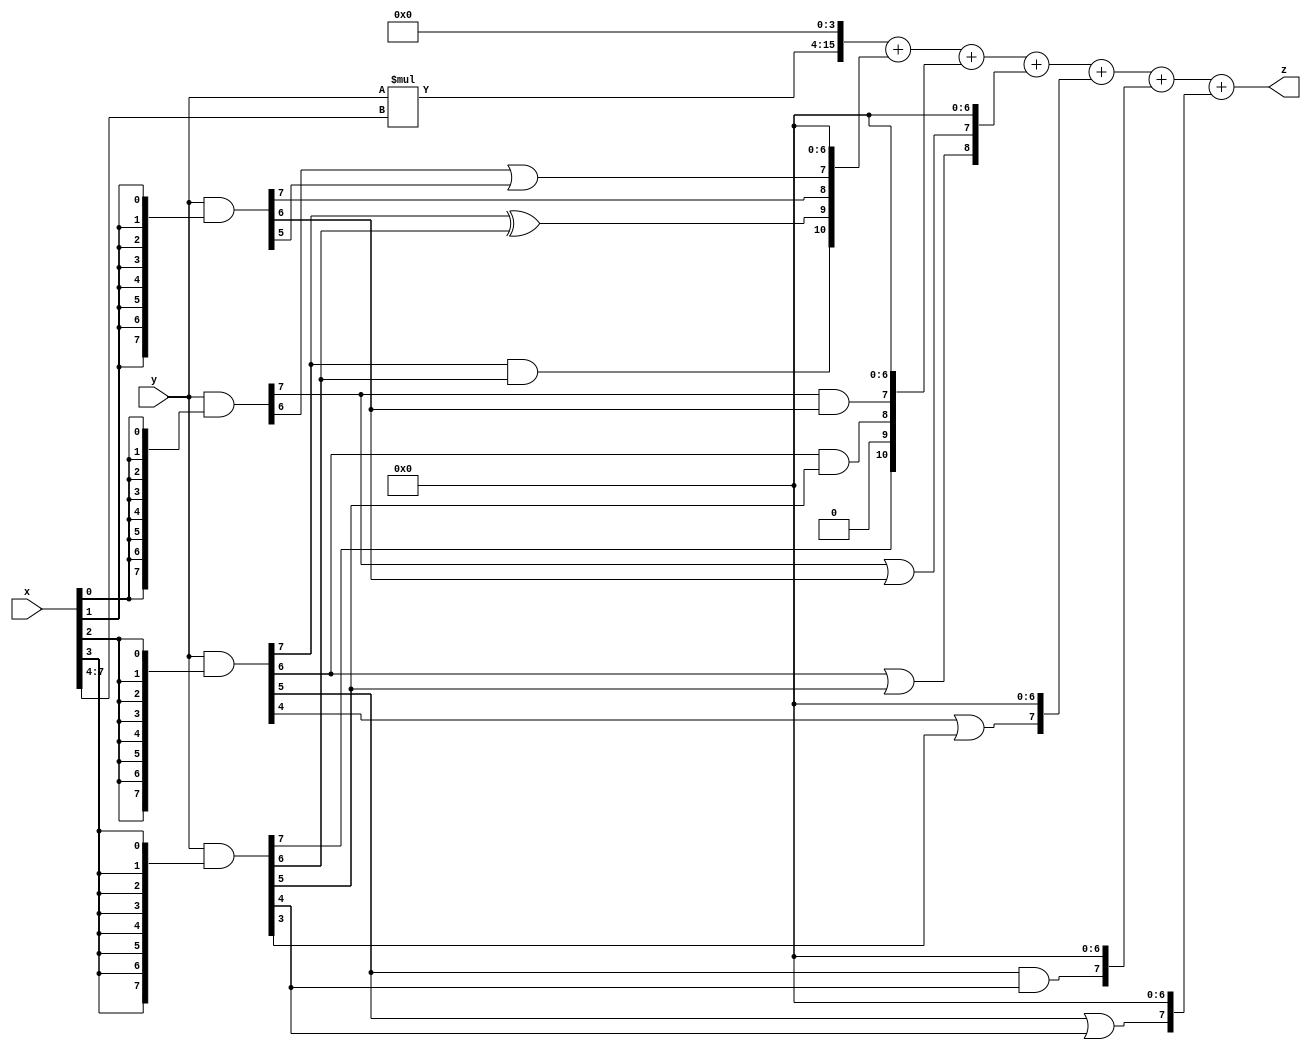
// terms: 12
// fval:  14766.25

module unsigned_8x8_l4_lamb1000_0 (
	input [7:0] x,
	input [7:0] y,
	output [15:0] z
);

wire [11:0] tmp_z = y*x[7:4];

wire [7:0] part1 =  y & {8{x[0]}};
wire [7:0] part2 =  y & {8{x[1]}};
wire [7:0] part3 =  y & {8{x[2]}};
wire [7:0] part4 =  y & {8{x[3]}};

wire [10:0] new_part1;
assign new_part1[0] = 0;
assign new_part1[1] = 0;
assign new_part1[2] = 0;
assign new_part1[3] = 0;
assign new_part1[4] = 0;
assign new_part1[5] = 0;
assign new_part1[6] = 0;
assign new_part1[7] = part1[6] | part2[5];
assign new_part1[8] = part2[7];
assign new_part1[9] = part3[7] ^ part4[6];
assign new_part1[10] = part3[7] & part4[6];

wire [10:0] new_part2;
assign new_part2[0] = 0;
assign new_part2[1] = 0;
assign new_part2[2] = 0;
assign new_part2[3] = 0;
assign new_part2[4] = 0;
assign new_part2[5] = 0;
assign new_part2[6] = 0;
assign new_part2[7] = part1[7] & part2[6];
assign new_part2[8] = part3[6] & part4[5];
assign new_part2[9] = 0;
assign new_part2[10] = part4[7];

wire [8:0] new_part3;
assign new_part3[0] = 0;
assign new_part3[1] = 0;
assign new_part3[2] = 0;
assign new_part3[3] = 0;
assign new_part3[4] = 0;
assign new_part3[5] = 0;
assign new_part3[6] = 0;
assign new_part3[7] = part1[7] | part2[6];
assign new_part3[8] = part3[6] | part4[5];

wire [7:0] new_part4;
assign new_part4[0] = 0;
assign new_part4[1] = 0;
assign new_part4[2] = 0;
assign new_part4[3] = 0;
assign new_part4[4] = 0;
assign new_part4[5] = 0;
assign new_part4[6] = 0;
assign new_part4[7] = part3[4] | part4[3];

wire [7:0] new_part5;
assign new_part5[0] = 0;
assign new_part5[1] = 0;
assign new_part5[2] = 0;
assign new_part5[3] = 0;
assign new_part5[4] = 0;
assign new_part5[5] = 0;
assign new_part5[6] = 0;
assign new_part5[7] = part3[5] & part4[4];

wire [7:0] new_part6;
assign new_part6[0] = 0;
assign new_part6[1] = 0;
assign new_part6[2] = 0;
assign new_part6[3] = 0;
assign new_part6[4] = 0;
assign new_part6[5] = 0;
assign new_part6[6] = 0;
assign new_part6[7] = part3[5] | part4[4];

assign z = {tmp_z, 4'd 0} + new_part1 + new_part2 + new_part3 + new_part4 + new_part5 + new_part6;
endmodule